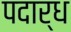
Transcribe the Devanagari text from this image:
पदार्ध